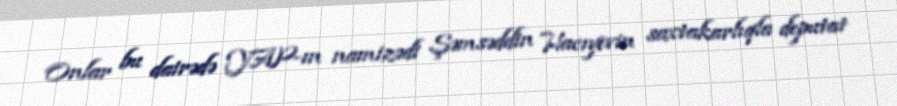
Onlar bu dairədə YAP-ın namizədi Şəmsəddin Hacıyevin saxtakarlıqla deputat